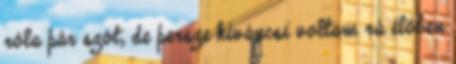
róla pár szót, de persze kíváncsi voltam rá élőben